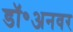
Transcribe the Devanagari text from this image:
डॉ॰अनवर